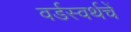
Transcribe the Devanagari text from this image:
वर्डस्वर्थचें